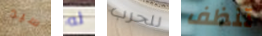
سيد له للحرب تنظف